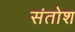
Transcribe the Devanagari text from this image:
संतोश